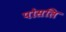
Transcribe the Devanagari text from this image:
पोसलि